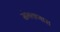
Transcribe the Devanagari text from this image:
संभवणारा